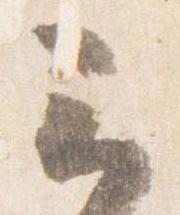
云